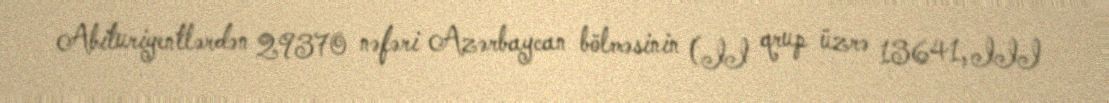
Abituriyentlərdən 29370 nəfəri Azərbaycan bölməsinin (II qrup üzrə 13641, III